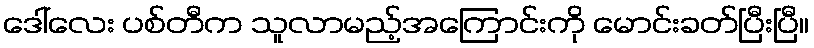
ဒေါ်လေး ပစ်တီက သူလာမည့်အကြောင်းကို မောင်းခတ်ပြီးပြီ။